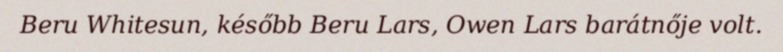
Beru Whitesun, később Beru Lars, Owen Lars barátnője volt.